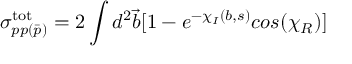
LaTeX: \sigma _ { p p ( \bar { p } ) } ^ { \mathrm { t o t } } = 2 \int d ^ { 2 } { \vec { b } } [ 1 - e ^ { - \chi _ { I } ( b , s ) } c o s ( \chi _ { R } ) ]